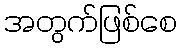
အတွက်ဖြစ်စေ